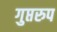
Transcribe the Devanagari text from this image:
गुप्तरुप